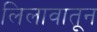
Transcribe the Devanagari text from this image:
लिलावातून